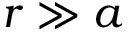
r \gg a